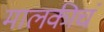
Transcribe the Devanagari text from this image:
मालकीचं